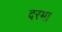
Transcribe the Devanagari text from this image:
दरमा